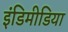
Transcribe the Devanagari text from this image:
इंडिमीडिया